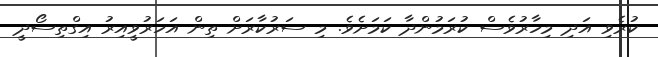
ކުރެވި އަދި މިހާރުވެސް ކުރަމުންދާ ކަމަށެވެ. މި ސަރުކާރަށް ތިން އަހަރުވީއިރު އިގްތިސޯދީ